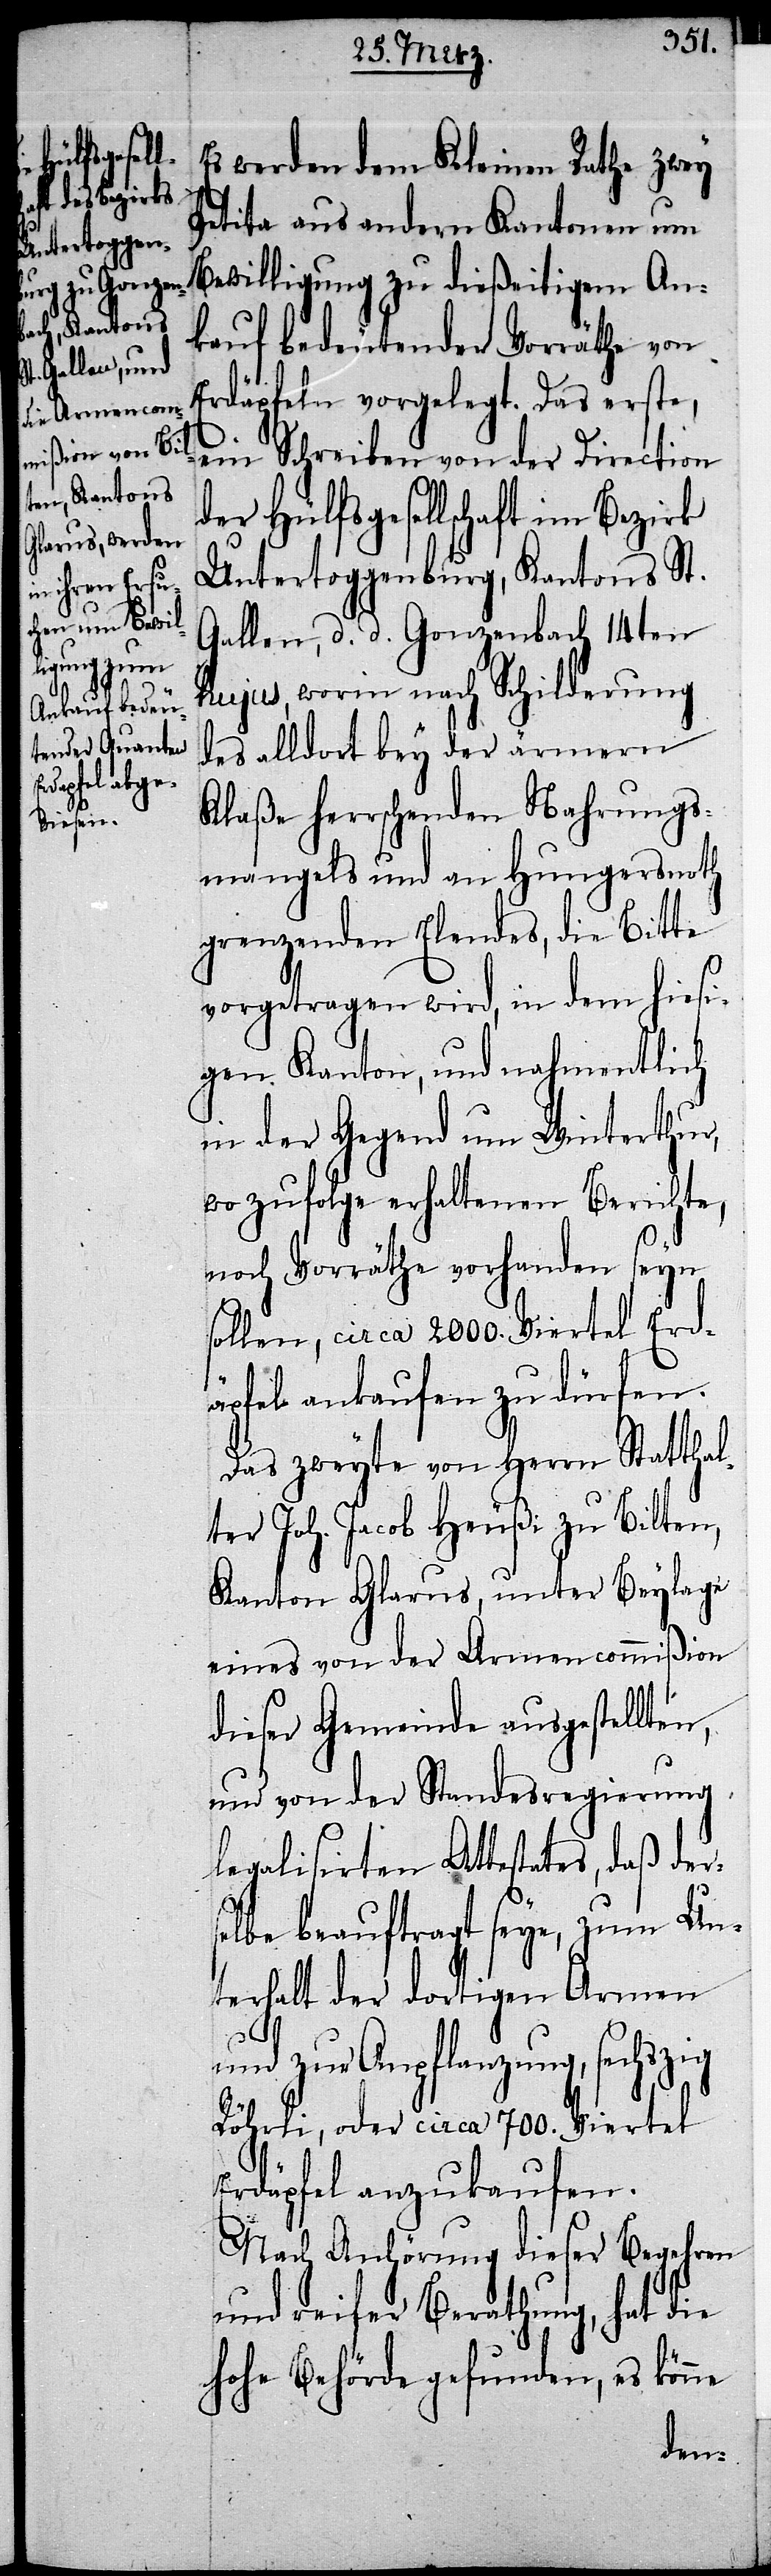
s¬

Es werden dem Kleinen Rathe zwey
Petita aus andern Kantonen um
Bewilligung zu dießeitigem An¬
kauf bedeutender Vorräthe von
Erdäpfeln vorgelegt. Das erste,
ein Schreiben von der Direction
der Hülfsgesellschaft im Bezirk
Untertoggenburg, Kantons St.
Gallen, d. d. Gonzenbach 14ten
hujus, worin nach Schilderung
des alldort bey der ärmern
Klaße herrschenden Nahrungs¬
mangels und an Hungersnoth
grenzenden Elendes, die Bitte
vorgetragen wird, in dem hiesi¬
gen Kanton, und nahmentlich
in der Gegend um Winterthur,
wo zufolge erhaltenen Berichte,
noch Vorräthe vorhanden seyn
sollen, circa 2000. Viertel Erd¬
äpfel ankaufen zu dürfen.
Das zweyte von Herrn Statthal¬
ter Joh. Jacob Heußi zu Bilten,
Kanton Glarus, unter Beylage
eines von der Armencommißion
dieser Gemeinde ausgestellten,
und von der Standesregierung
legalisirten Attestates, daß der¬
elbe beauftragt seye, zum Un¬
terhalt der dortigen Armen
und zur Anpflanzung, sechszig
Röhrli, oder circa 700. Viertel
Erdäpfel anzukaufen.
Nach Anhörung dieser Begehren
und reifer Berathung, hat die
hohe Behörde gefunden, es könne